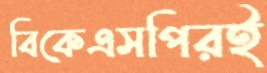
বিকেএসপিরই